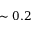
\sim 0 . 2